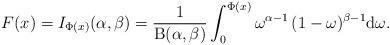
LaTeX: \begin{align*}F(x)=I_{\Phi(x)}(\alpha,\beta)=\frac{1}{\mathrm{B}(\alpha,\beta)}\int_0^{\Phi(x)}\omega^{\alpha-1}\,(1-\omega)^{\beta-1}\mathrm{d}\omega.\end{align*}